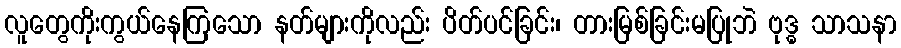
လူတွေကိုးကွယ်နေကြသော နတ်များကိုလည်း ပိတ်ပင်ခြင်း၊ တားမြစ်ခြင်းမပြုဘဲ ဗုဒ္ဓ သာသနာ